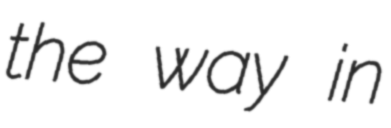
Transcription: the way in